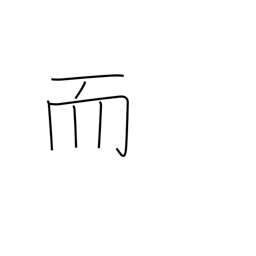
Meaning: and then